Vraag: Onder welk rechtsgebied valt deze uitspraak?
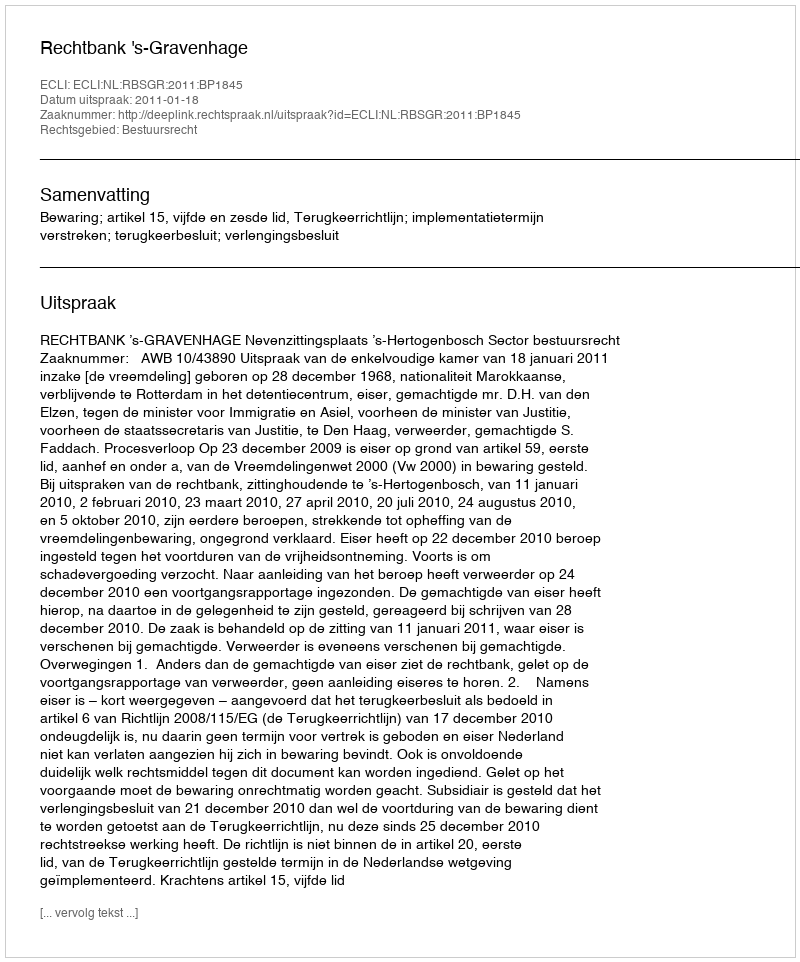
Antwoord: Bestuursrecht